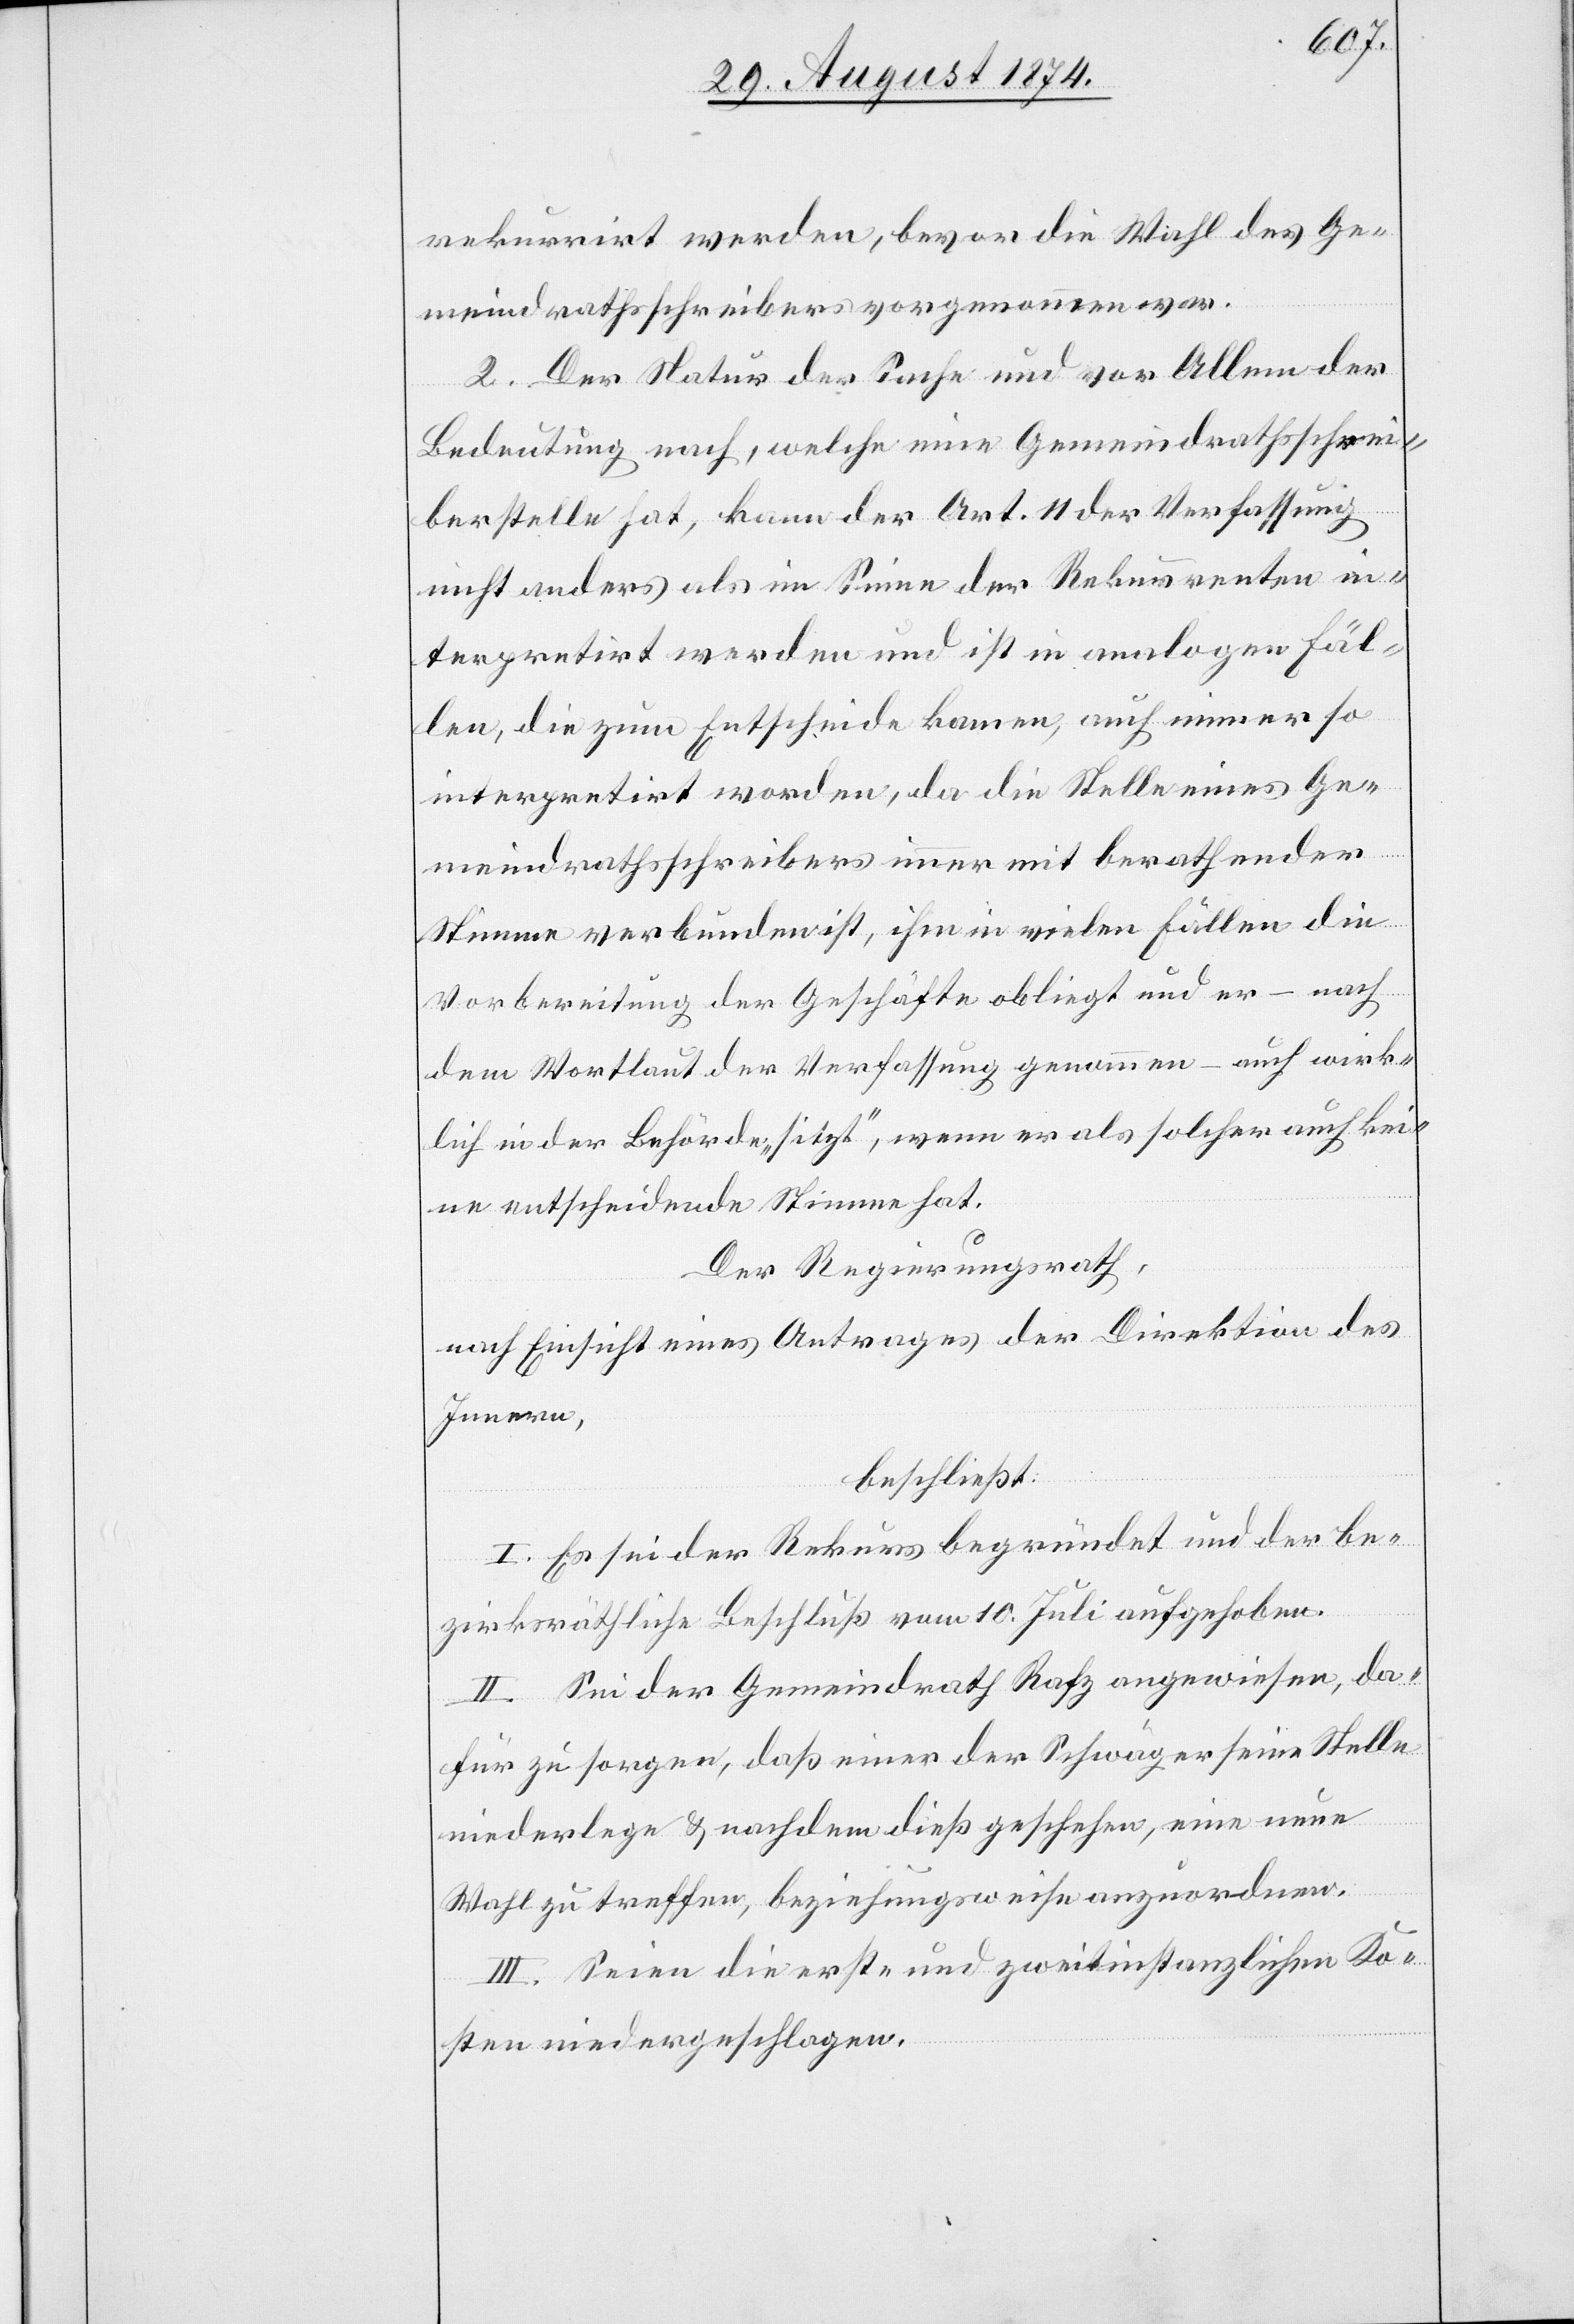
rekurrirt werden, bevor die Wahl des Ge¬
meindrathsschreibers vorgenommen war.
2. Der Natur der Sache und vor Allem der
Bedeutung nach, welche eine Gemeindrathsschrei¬
berstelle hat, kann der Art. 11 der Verfassung
nicht anders als im Sinne der Rekurrenten in¬
terpretirt werden und ist in analogen Fäl¬
len, die zum Entscheide kommen, auch immer so
interpretirt worden, da die Stelle eines Ge¬
meindrathsschreibers immer mit berathender
Stimme verbunden ist, ihm in vielen Fällen die
Vorbereitung der Geschäfte obliegt und er – nach
dem Wortlaut der Verfassung genommen – auch wirk¬
lich in der Behörde „sitzt“, wenn er als solcher auch kei¬
ne entscheidende Stimme hat.
Der Regierungsrath,
nach Einsicht eines Antrages der Direktion des
Innern,
beschließt:
I. Es sei der Rekurs begründet und der be¬
zirksräthliche Beschluß vom 10. Juli aufgehoben.
II. Sei der Gemeindrath Rafz angewiesen, da¬
für zu sorgen, daß einer der Schwäger seine Stelle
niederlege u. nachdem dieß geschehen, eine neue
Wahl zu treffen, beziehungsweise anzuordnen.
III. Seien die erst- und zweitinstanzlichen Ko¬
sten niedergeschlagen.